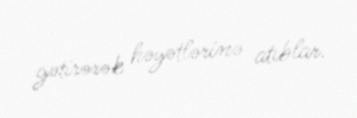
gətirərək həyətlərinə atıblar.